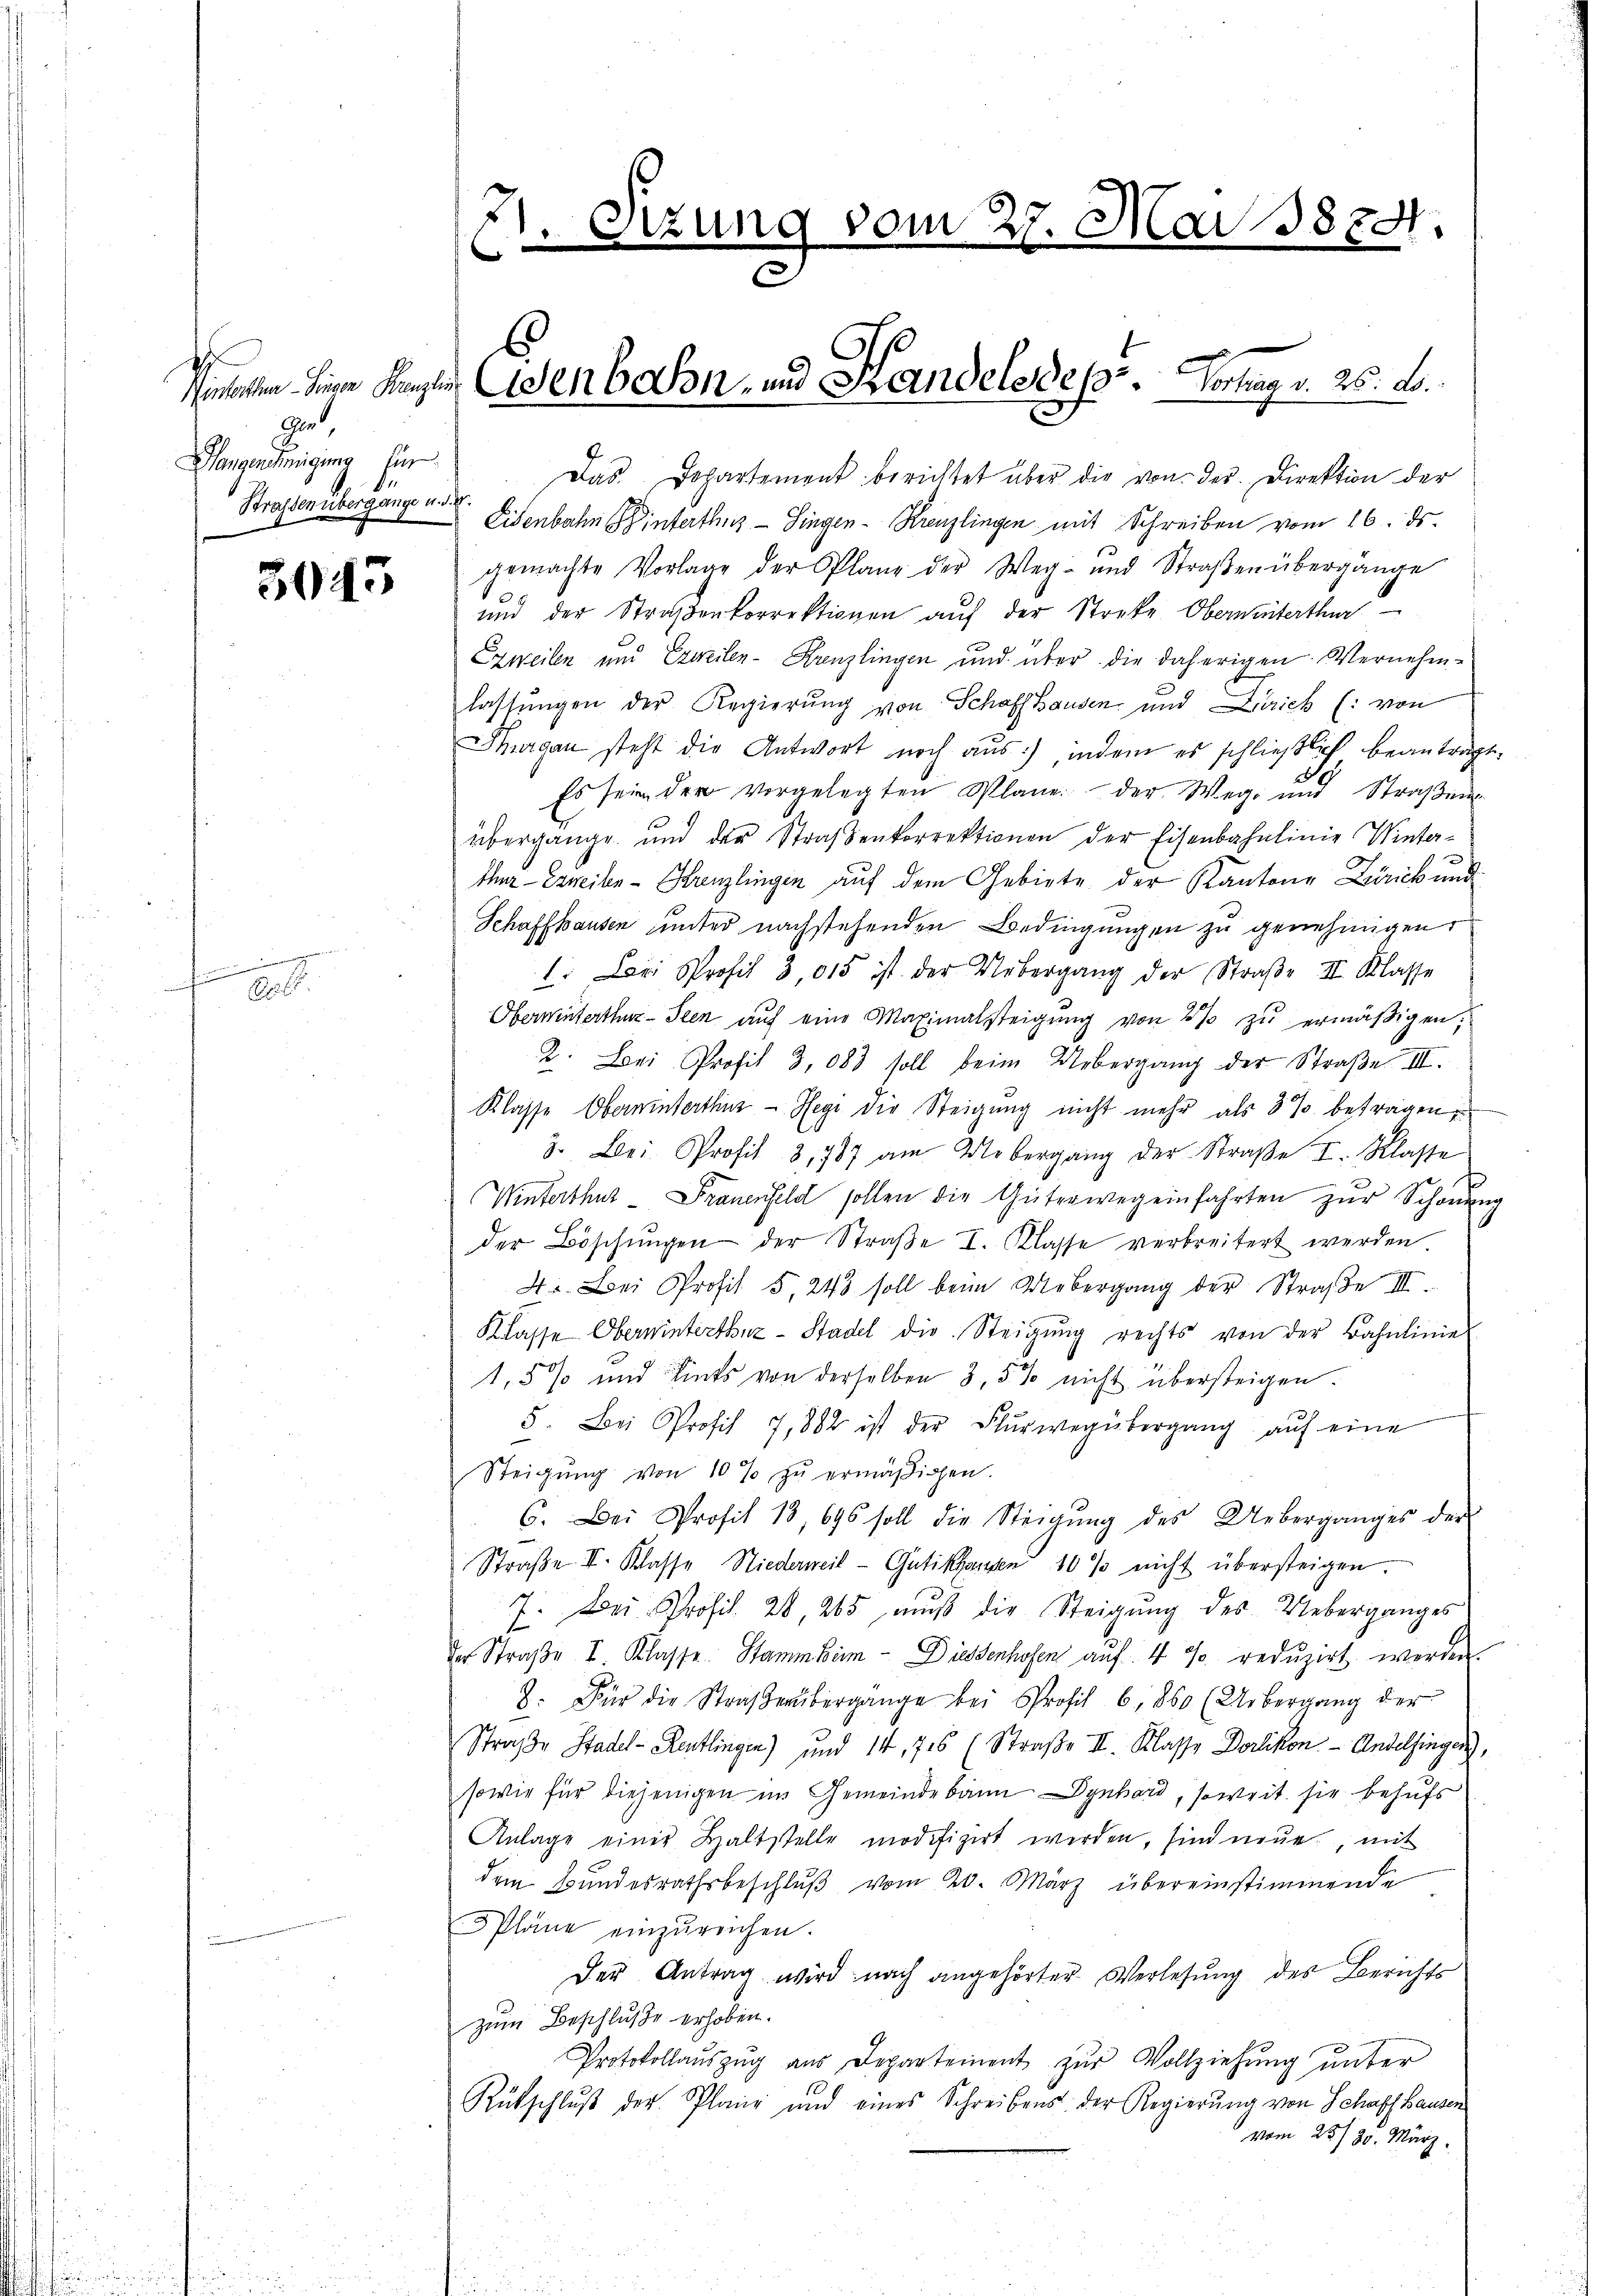
H
gn,
Hangenehmigung für
Strassen übergange u. d. 8.

n

3045

A

2. Sizung vom 27. Mai 1884.
d

Winterten Herr Kanzlei denbahn- und Handelsges. Vortrag v. 26. A.

Das Departement berichtet aber die von der Direktion der
Eisenbahn interthur–Singen-Kreuzlingen mit Schreiben vom 16. ds.
gemachte Vorlage der Plane der Weg- und Straβen übergänge
und der Straßenkorrektionen aŭf der Streke Obereiterthur
Ezweilen und Exweilen-Krenzlingen und über die daherigen Vernehmlastŭngen der Regierung von Schaffhausen und Zürich (: von
Thurgau steht die Antwort noch aus, indem es schließlich beantragt
Es sein der vorgelegten Plane der Wege und Straβen-
übergange und der Straβenkorrektionen der Eisenbahnlinie Winter-
ther - Exneilen-Krenzlingen auf dem Gebiete der Kantone Zürich und
Schaffhausen unter nachstehenden Bedingungen zu genehmigen
1. Lori Profil 3,015 ist der Uebergang der Straβe II. Klasse
Obermüterthur Seen auf eine Maximalsteigung von 2 % zu ermäßigen,
2. Lori Profit 3,083 soll beim Uebergang der Straße III.
Klasse Oberninterthur - Hegi die Steigung nicht mehr als 3 % betragen
3. Leni Profit 3,787 am Uebergang der Straβe I. Klasse
Winterthut - Frauenfeld sollen die Güterweg einfahrten zur Schönen-
der Böschŭngen der Straße I. Klasse verbreitert werden.
4. Bei Profit 5, 248 soll beim Uebergang der Straße III.
Klasse Oberninterthur-Stadel die Steigung rechts von der Bahnlinie
1,5% und Lints von derselben 3, 5 % nicht übersteigen.
5. Bei Profit 7,882 ist der Flurwegübergang aŭf eine
Steigŭng von 10 % zŭ ermäβigen.
6. Bei Profit 13, 696 soll die Steigŭng des Ueberganges der
Straße II. Klasse Niederweil - Gütikhausen 10 % nicht übersteigen.
7. Bei Profil 28, 265 mŭβ die Steigŭng des Ueberganges
der Straße I Klasse. Stammheim - Diesenhofen aŭf 4 % redŭzirt werden.
2. Für die Straβerübergänge bei Profil 6, 860 (Uebergang der
Straße Stadel - Kentlingen) und 14, 1716 (Straße II. Klasse Dorlikon - Andelfingen,
sowie für diejenigen im Gemeindebann Dynhard, soweit sie behufs
Anlage einer Haltstelle modifizirt werden, sind neue mit
dem Bundesrathsbeschluß vom 20. März übereinstimmende
Pläne einzŭreichen.
Der Antrag wird nach angehörter Verlesung des Berichts
zum Beschluße erhoben.
Protokollaŭszŭg aŭs Departement zŭr Vollziehŭng ŭnter
Rütschlŭβ der Plane und eines Schreibens der Regierung von Schaffhausen
vom 25. 25. März.